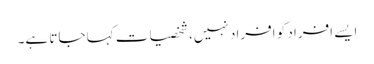
ایسے افراد کو افراد نہیں، شخصیات کہا جاتا ہے۔